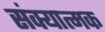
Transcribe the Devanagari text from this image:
संक्यात्मक